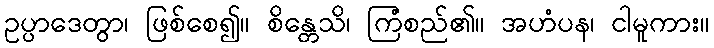
ဥပ္ပာဒေတွာ၊ ဖြစ်စေ၍။ စိန္တေသိ၊ ကြံစည်၏။ အဟံပန၊ ငါမူကား။